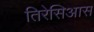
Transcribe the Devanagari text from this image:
तिरेसिआस